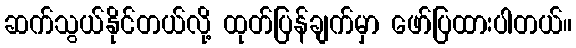
ဆက်သွယ်နိုင်တယ်လို့ ထုတ်ပြန်ချက်မှာ ဖော်ပြထားပါတယ်။